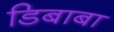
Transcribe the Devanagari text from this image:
डिबाबा